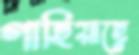
গাহিয়াছে